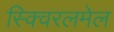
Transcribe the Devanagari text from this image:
स्क्विरलमेल